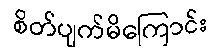
စိတ်ပျက်မိကြောင်း